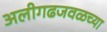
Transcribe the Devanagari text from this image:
अलीगढजवळच्या